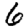
Digit: 6